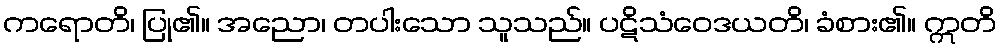
ကရောတိ၊ ပြု၏။ အညော၊ တပါးသော သူသည်။ ပဋိသံဝေဒယတိ၊ ခံစား၏။ ဣတိ